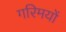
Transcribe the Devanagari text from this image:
गरिमयों